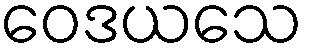
ဝေဒယသေ